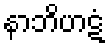
နာဘိဟဋံ